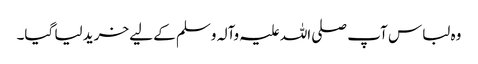
وہ لباس آپ صلی اللہ علیہ وآلہ وسلم کے لیے خرید لیا گیا۔